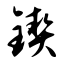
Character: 锲